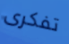
تفكرى